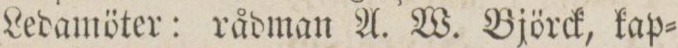
Ledamöter: rådman A. W. Björck, kap=